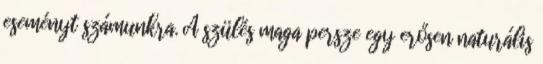
eseményt számunkra. A szülés maga persze egy erősen naturális